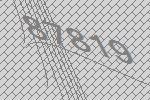
87819